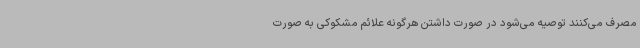
مصرف می‌کنند توصیه می‌شود در صورت داشتن هرگونه علائم مشکوکی به‌ صورت